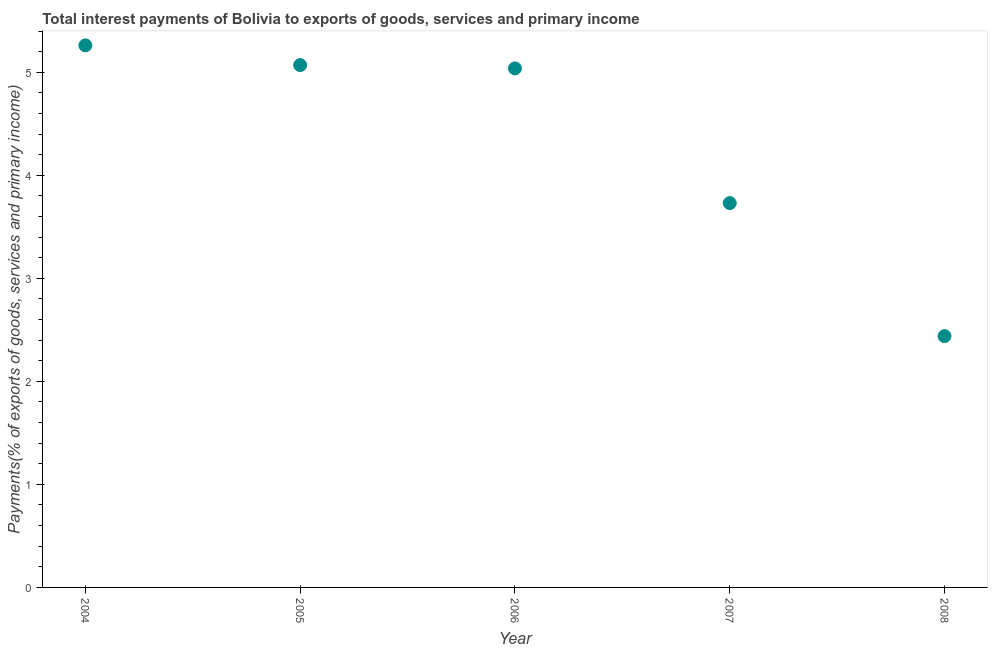
| Year | Interest payments on external debt |
 | --- | --- |
 | 2004 | 5.26 |
 | 2005 | 5.07 |
 | 2006 | 5.04 |
 | 2007 | 3.73 |
 | 2008 | 2.44 |